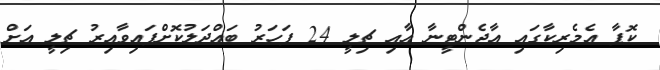
ކޮޕާ އެމެރިކާގައި އާޖެންޓީނާ އާއި ޗިލީ 24 ފަހަރު ބައްދަލުކޮށްފައިވާއިރު ޗިލީ އަށް